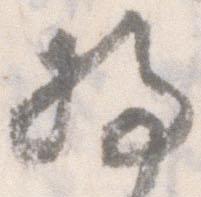
将